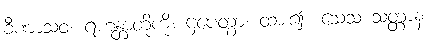
ခီဏာသဝံ၊ ရဟန္တာတို့ကို။ ဌပေတွာ၊ ထား၍။ သေသ သတ္တာနံ၊